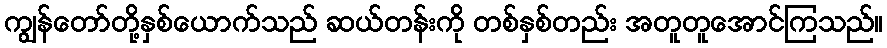
ကျွန်တော်တို့နှစ်ယောက်သည် ဆယ်တန်းကို တစ်နှစ်တည်း အတူတူအောင်ကြသည်။